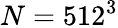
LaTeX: N=512^{3}